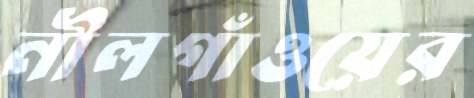
নীলগাঁওয়ের